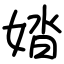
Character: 㛥